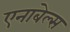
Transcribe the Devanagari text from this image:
एनाबेल्स